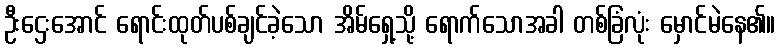
ဦးဌေးအောင် ရောင်းထုတ်ပစ်ချင်ခဲ့သော အိမ်ရှေ့သို့ ရောက်သောအခါ တစ်ခြံလုံး မှောင်မဲနေ၏။